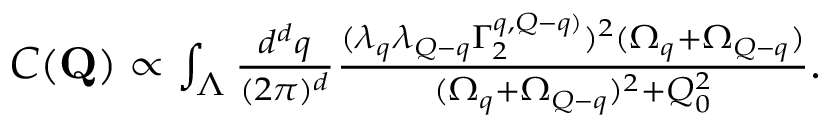
\begin{array} { r } { C ( \mathbf { Q } ) \propto \int _ { \Lambda } \frac { d ^ { d } q } { ( 2 \pi ) ^ { d } } \frac { ( \lambda _ { q } \lambda _ { Q - q } \Gamma _ { 2 } ^ { q , Q - q ) } ) ^ { 2 } ( \Omega _ { q } + \Omega _ { Q - q } ) } { ( \Omega _ { q } + \Omega _ { Q - q } ) ^ { 2 } + Q _ { 0 } ^ { 2 } } . } \end{array}